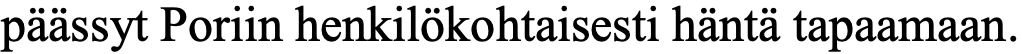
päässyt Poriin henkilökohtaisesti häntä tapaamaan.